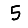
Digit: 5